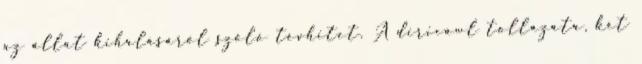
az állat kihalásáról szóló tévhitet. A diricawl tollazata, két